Calcutta medical institutions reports 1892-1900
Year: 1892
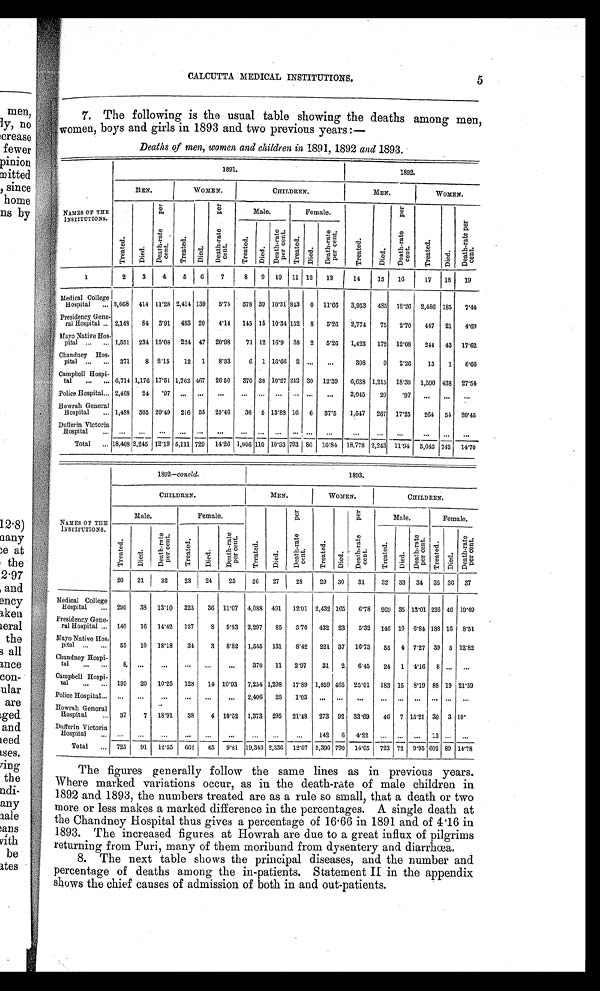
CALCUTTA MEDICAL INSTITUTIONS.
7. The following is the usual table showing the deaths among men,
women, boys and gir ls in 1893 and two previous years:
—
Deaths of men, women and children in 1891, 1892 and 1893.
NAMES OF THE
INSTITUTIONS.
1891.
1892.
MEN.
WOMEN.
CHILDREN.
MEN.
WOMEN.
T r e a t e d .
D i e d .
D e a t h - r a t e p e r c e
nt. T r e a t e d .
D i e d .
D e a t h - r a t e p e r c e n t .
Male.
Female.
T r e a t e d .
D i e d .
D e a t h - r a t e p e r c e n t .
T r e a t e d
. D i e d .
D e a t h - r a t e p e r c e n t .
T r e a t e d . D i e .
D e a t h - r a t
e p e r c e n t . T r e a t e d .
D i e d .
D e a t h - r a t e p e r c e n t .
1
2 3
4
5 6 7 8 9 10 11 12 13 14 15 16 17 18 19
Medical College
Hospital ... 3, 668 414 11.28 2, 414 139 5.75 378 39 10.31 843 0 11.66 3, 953 485 12.26 2, 486 185 7.44
Presidency Gene-
ral Hospital ... 2, 148 84 3.91 483 20 4.14 145 15 10.34 152 8 5.26 2, 774 75 2.70 447 21 4.69
Mayo Native Hos-
pital ... ... 1, 551 234 15.08 224 47 20.98 71 12 16.9 38 2 5.26 1, 423 172 12.08 244 43 17.62
Chandney Hos-
pital ... ... 371 8 2.15 12 1 8.33 6 1 16.66 2 ... ... 398 9 2.26 15 1 6. 66
Campbell Hospi-
tal ... ... 6, 714 1, 176 17. 51 1, 762 467 26. 50 370 38 10.27 242 30 12.39 6, 638 1, 215 18.30 1, 590 438 27.54
Police Hospital... 2, 468 24 .97 . . . . . . ... ... ... ... ... ... ... 2, 045 20 .97 ... . . .
...
Howrah General
Hospital ... 1, 488 305 20. 49 216 55 25.46 36 5 13.88 16 6 37.5 1, 547 267 17.25 264 54 20.45
Dufferin Victoria
Hospital ... . . . . . . ... . . . . . . ... . . . ... . . . ... . . . . . . ... ... . . . ... ... . . .
Total ... 18, 408 2, 245 12.19 5,111 729 14.26 1,006 110 10.93 793 86 10.84 18, 778 2, 243 11.94 5, 046 742 14. 70
NAMES OF THE
INSTITUTIONS.
1892—concld.
1893.
CHILDREN.
MEN.
WOMEN.
CHILDREN.
Male.
Female.
T r e a t e d .
D i e d .
D e a t h - r a t e p e r c e n t .
T r e a t
e d
.
D i e d .
D e a t h - r a t e p e r c e n t .
Male.
Female.
T r e a t e d . D i e d . D e a t h - r a t e p e r c e n t . T r e a t e d . D i e .
D e a t h - r a t e p e r c e n t .
T r e a t e d .
D i e d .
D e a t h - r a t e p e r c e n t . T r e a t e d . D i e d .
D e a
t h - r a t e p e r c e
n t .
20 21 22 23 24 25 26 27 28 29 30 31 32 33 34 35 36 37
Medical College
Hospital ... 290 38 13. 10 325 36 11. 07 4, 088 491 12.01 2, 432 165 6. 78 269 35 13.01 236 46 1 9 . 4 9
Presidency Gene-
ral Hospital ... 140 16 14.42 137 8 5. 33 2, 297 85 3.70 432 23 5.32 146 10 6.84 188 16 8 . 5 1
Mayo Native Hos-
pital ... ... 65 10 18.18 34 3 8. 82 1, 555 131 8.42 221 37 16.73 55 4 7.27 39 5 1 2 . 8 2
Chandney Hospi-
tal ... ... 8 . . .
. . . ... . . . ... 370 11 2.97 31 2 6.45 24 1 4.16 8 . . . ...
Campbell Hospi-
tal ... ... 195 20 10.25 128 14 10. 93 7, 254 1, 298 17.89 1, 859 465 25.01 183 15 8.19 88 19 2 1 . 5 9
Police Hospital... . . . . . . . . . ... ... ... 2, 406 25 1.03 . . . ... . . . . . . . . . ... ... . . . . . .
Howrah General
Hospital ... 37 7 18.91 38 4 10. 52 1, 373 295 21.48 273 92 33.69 46 7 15.21 30 3 1 0 .
Dufferin Victoria
H o s p i t a l . . .
...
. . . ... ...
. . . . . . . . .
... . . . 142 6 4.22 ... . . . ... 13 . . . . . .
Total ... 725 91 12.55 662 65 9. 81 19, 343 2, 336 12.07 5, 390 790 14.65 723 72 9.95 602 89 1 4 . 7 8
The figures generally follow the same lines as in previous years.
Where marked variations occur, as in the death-rate of male children in
1892 and 1893, the numbers treated are as a rule so small, that a death or two
more or less makes a marked difference in the percentages. A single death at
the Chandney Hospital thus gives a percentage of 16.66 in 1891 and of 4.16 in
1893. The increased figures at Howrah are due to a great influx of pilgrims
returning from Puri, many of them moribund from dysentery and diarrhœa.
8. The next table shows the principal diseases, and the number and
percentage of deaths among the in-patients. Statement II in the appendix
shows the chief causes of admission of both in and out-patients.
5